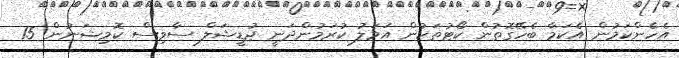
އެހެންކަމުން އެކަމާ ބެހޭގޮތުން ކޯޓުތަކުން އަމަލު ކުރަމުންދަނީ ޖުޑީޝަލް ސާވިސް ކޮމިޝަނުން 15